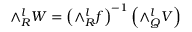
\land _ { R } ^ { l } W = \left( \land _ { R } ^ { l } f \right) ^ { - 1 } \left( \land _ { Q } ^ { l } V \right)